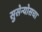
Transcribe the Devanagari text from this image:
सुसेन्योसचा